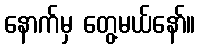
နောက်မှ တွေ့မယ်နော်။